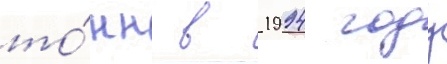
то́нн в 1994 году